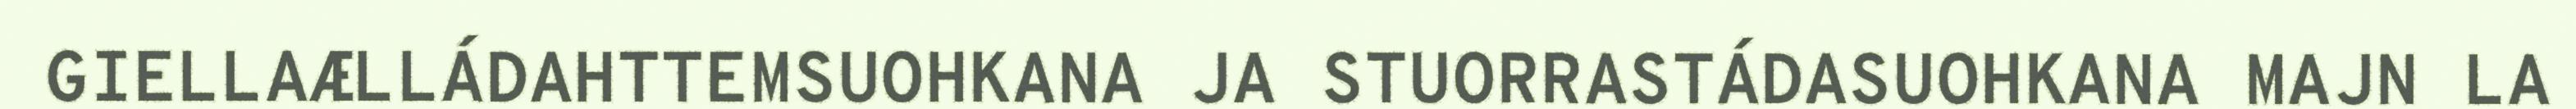
GIELLAÆLLÁDAHTTEMSUOHKANA JA STUORRASTÁDASUOHKANA MAJN LA